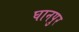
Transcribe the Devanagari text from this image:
घानपुर